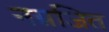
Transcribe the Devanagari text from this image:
नग्नजित